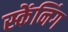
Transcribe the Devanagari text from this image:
स्केंनिंग